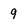
Character: 9